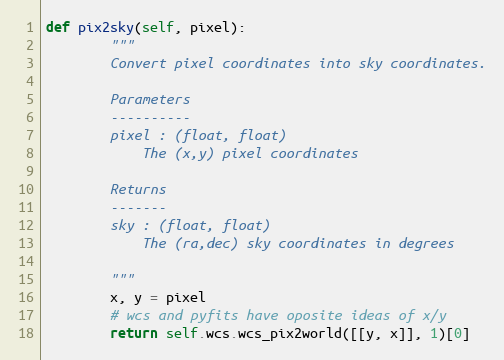
Language: Python
def pix2sky(self, pixel):
        """
        Convert pixel coordinates into sky coordinates.

        Parameters
        ----------
        pixel : (float, float)
            The (x,y) pixel coordinates

        Returns
        -------
        sky : (float, float)
            The (ra,dec) sky coordinates in degrees

        """
        x, y = pixel
        # wcs and pyfits have oposite ideas of x/y
        return self.wcs.wcs_pix2world([[y, x]], 1)[0]